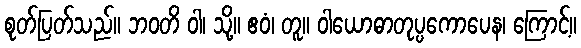
စုတ်ပြတ်သည်။ ဘဝတိ ဝါ၊ သို့။ ဧဝံ၊ တူ။ ဝါယောဓာတုပ္ပကောပေန၊ ကြောင့်။